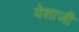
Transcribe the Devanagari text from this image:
येशाजी